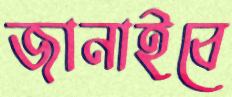
জানাইবে